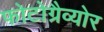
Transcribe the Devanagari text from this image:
फोटोग्रैव्योर